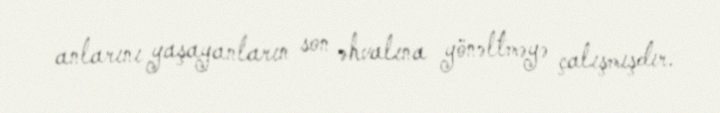
anlarını yaşayanların son əhvalına yönəltməyə çalışmışdır.